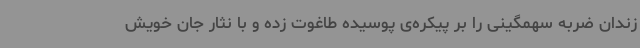
زندان ضربه سهمگینی را بر پیکره‌ی پوسیده طاغوت زده و با نثار جان خویش